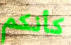
كأنكم